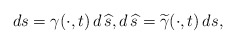
\begin{align*} ds =\gamma(\cdot ,t)\, d\,\widehat{s}, d\,\widehat{s}= \widetilde\gamma(\cdot,t) \, ds, \end{align*}